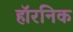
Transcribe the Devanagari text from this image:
हॉरनिक